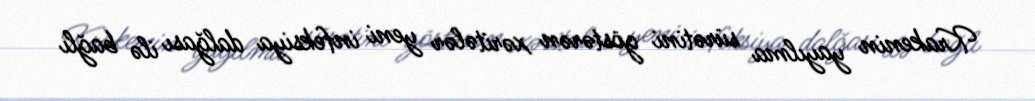
Krakenin yayılma sürətini göstərən xəritələr yeni infeksiya dalğası ilə bağlı